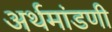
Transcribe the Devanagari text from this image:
अर्थमांडणी